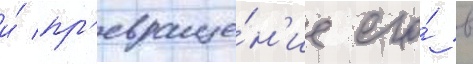
и́ пр'евраще́н'ие его́ в